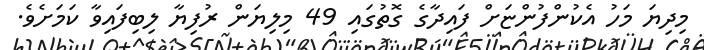
މިދިޔަ މަހު އެކުންފުންޏަށް ފައިދާގެ ގޮތުގައި 49 މިލިޔަން ރުފިޔާ ލިބިފައިވާ ކަމަށެވެ.